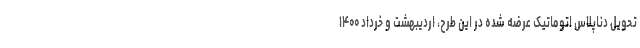
تحویل دناپلاس اتوماتیک عرضه شده در این طرح، اردیبهشت و خرداد ۱۴۰۰